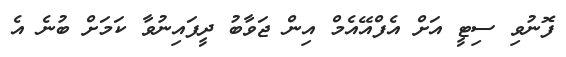
ފޮނުވި ސިޓީ އަށް އެފްއޭއެމް އިން ޖަވާބު ދީފައިނުވާ ކަމަށް ބުނެ އެ